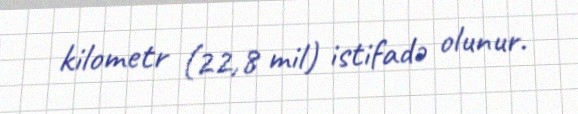
kilometr (22,8 mil) istifadə olunur.